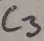
Text: C3